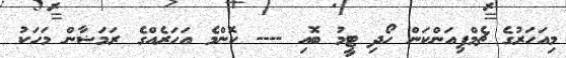
މިއަހަރުގެ ޗެމްޕިއަންކަން ހޯދި ޓީމު ބޮއި ---- ކޮންމެ އަހަރެއްގެ ރަމަޟާން މަހަކު